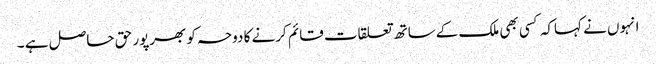
انہوں نے کہاکہ کسی بھی ملک کےساتھ تعلقات قائم کرنے کا دوحہ کو بھرپور حق حاصل ہے ۔